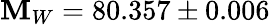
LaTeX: \mathbf{M}_{W}=80.357\pm0.006